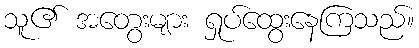
သူ၏ အတွေးများ ရှုပ်ထွေးနေကြသည်။